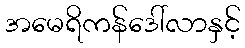
အမေရိကန်ဒေါ်လာနှင့်